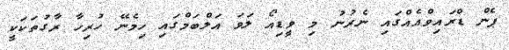
ޕެން ޑްރައިވްއެއްގައި ނެރުނު މި ވީޑިއޯ ލަވަ އަލްބަމްގައި ހިމެނޭ ހުރިހާ ރާގުތަކަކީ